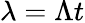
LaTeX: \lambda=\Lambda t